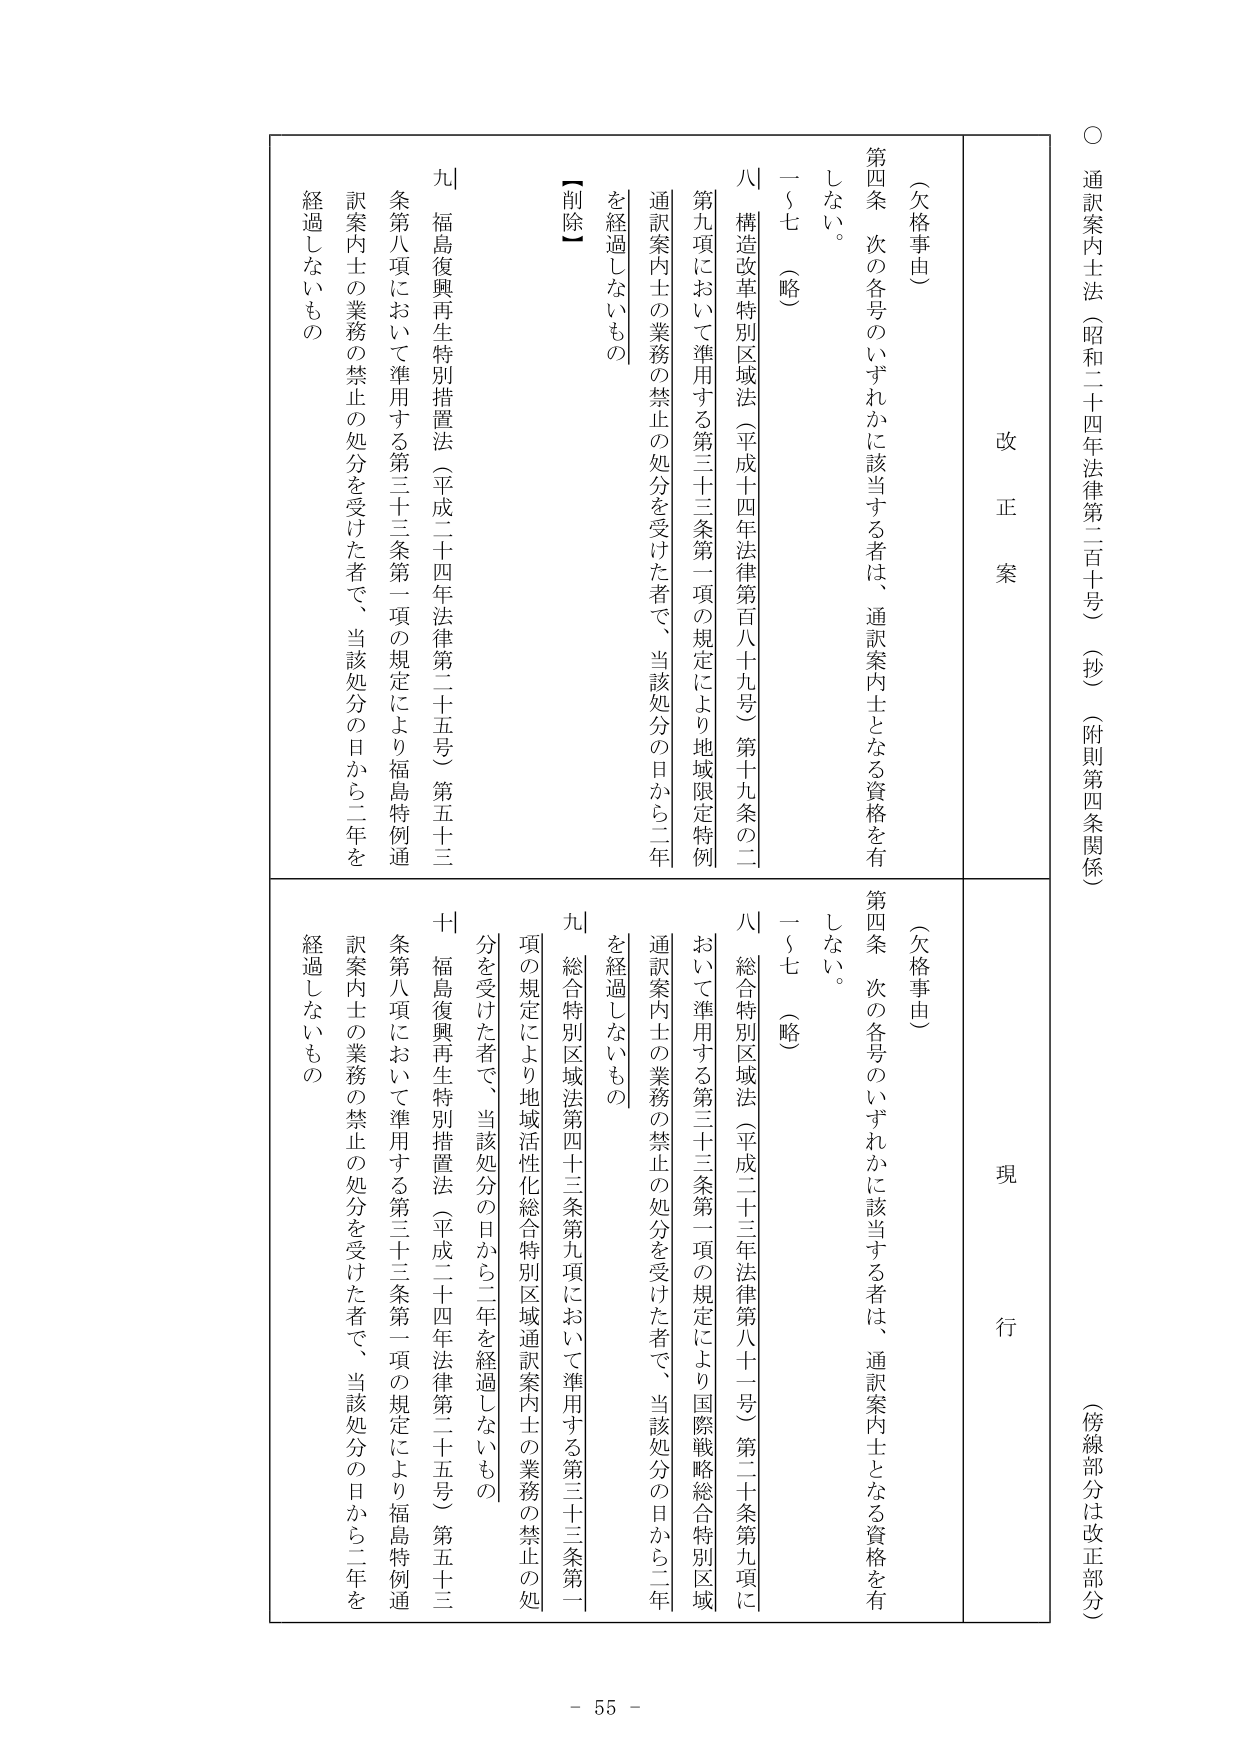
○ 通訳案内士法（昭和二十四年法律第二百十号）（抄）（附則第四条関係）
（傍線部分は改正部分）

改正案
現行

（欠格事由）
第四条 次の各号のいずれかに該当する者は、通訳案内士となる資格を有しない。
一～七 （略）
八 構造改革特別区域法（平成十四年法律第百八十九号）第十九条の二第九項において準用する第三十三条第一項の規定により地域限定特例通訳案内士の業務の禁止の処分を受けた者で、当該処分の日から二年を経過しないもの
九 福島復興再生特別措置法（平成二十四年法律第二十五号）第五十三条第八項において準用する第三十三条第一項の規定により福島特例通訳案内士の業務の禁止の処分を受けた者で、当該処分の日から二年を経過しないもの
【削除】

（欠格事由）
第四条 次の各号のいずれかに該当する者は、通訳案内士となる資格を有しない。
一～七 （略）
八 総合特別区域法（平成二十三年法律第八十一号）第二十条第九項において準用する第三十三条第一項の規定により国際戦略総合特別区域通訳案内士の業務の禁止の処分を受けた者で、当該処分の日から二年を経過しないもの
九 総合特別区域法第四十三条第九項において準用する第三十三条第一項の規定により地域活性化総合特別区域通訳案内士の業務の禁止の処分を受けた者で、当該処分の日から二年を経過しないもの
十 福島復興再生特別措置法（平成二十四年法律第二十五号）第五十三条第八項において準用する第三十三条第一項の規定により福島特例通訳案内士の業務の禁止の処分を受けた者で、当該処分の日から二年を経過しないもの

- 55 -